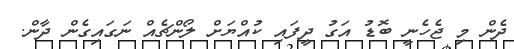
ދެން މި ޖެހެނީ ބޮޑު އަގު ދީފައި ކުއްޔަށް ލޯންޗެއް ނަގައިގެން ދާން.